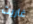
غاريت